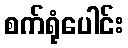
စက်ရုံပေါင်း